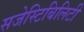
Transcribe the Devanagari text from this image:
सजेस्टिबिलिटी